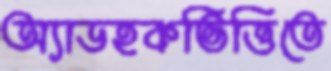
অ্যাডহকভিত্তিতে